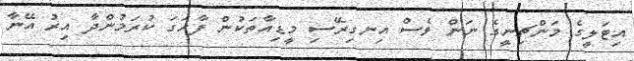
އިޓަލީގެ މަންޗިނީގެ ނަން ވެސް އިނގިރޭސި މީޑިއާތަކުން ފާހަގަ ކުރަމުންދާ އިރު އޭނާ